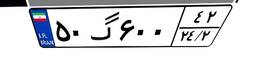
۵۰گ۶۰۰۴۲